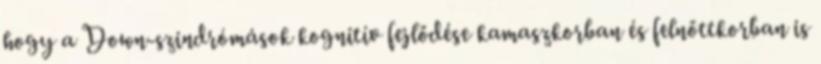
hogy a Down-szindrómások kognitív fejlődése kamaszkorban és felnőttkorban is